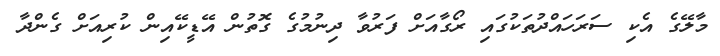
މާލޭގެ އެކި ސަރަހައްދުތަކުގައި ރޯގާއަށް ފަރުވާ ދިނުމުގެ ގޮތުން އޭޑީކޭއިން ކުރިއަށް ގެންދާ